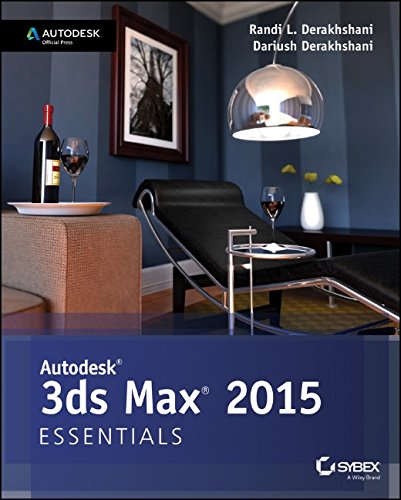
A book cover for Autodesk 3ds Max 2015 Essentials: Autodesk Official Press; Randi L. Derakhshani; Computers & Technology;